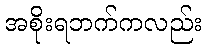
အစိုးရဘက်ကလည်း